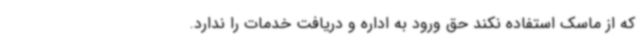
که از ماسک استفاده نکند حق ورود به اداره و دریافت خدمات را ندارد.